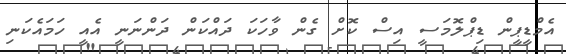
އެމްޑީޕީން ޑިޕްލޮމަސީ އިސް ކޮށް ގެން ވާހަކަ ދައްކަން ދަންނަނީ އެއީ ހަމައެކަނި